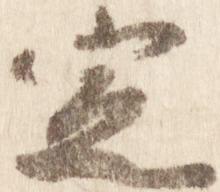
定